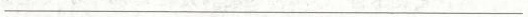
___